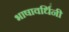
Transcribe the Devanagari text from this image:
भाषावर्धिनी